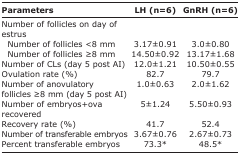
<table><thead><tr><td><b>Parameters</b></td><td><b>LH (n=6)</b></td><td><b>GnRH (n=6)</b></td></tr></thead><tbody><tr><td>Number of follicles on day of estrus</td><td></td><td></td></tr><tr><td> Number of follicles &lt;8 mm</td><td>3.17±0.91</td><td>3.0±0.80</td></tr><tr><td> Number of follicles ≥8 mm</td><td>14.50±0.92</td><td>13.17±1.68</td></tr><tr><td>Number of CLs (day 5 post AI)</td><td>12.0±1.21</td><td>10.50±0.55</td></tr><tr><td>Ovulation rate (%)</td><td>82.7</td><td>79.7</td></tr><tr><td>Number of anovulatory follicles ≥8 mm (day 5 post AI)</td><td>1.0±0.63</td><td>2.0±1.62</td></tr><tr><td>Number of embryos+ova recovered</td><td>5±1.24</td><td>5.50±0.93</td></tr><tr><td>Recovery rate (%)</td><td>41.7</td><td>52.4</td></tr><tr><td>Number of transferable embryos</td><td>3.67±0.76</td><td>2.67±0.73</td></tr><tr><td>Percent transferable embryos</td><td>73.3*</td><td>48.5*</td></tr></tbody></table>